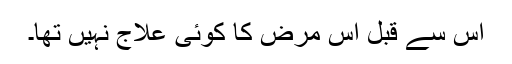
اس سے قبل اس مرض کا کوئی علاج نہیں تھا۔